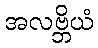
အလဗ္ဘိယံ